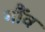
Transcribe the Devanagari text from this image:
गौंव